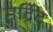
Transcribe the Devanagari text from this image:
मर्द्रिद